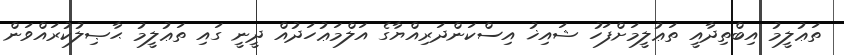
ތަޢުލީމު އިބްތިދާއީ ތަޢުލީމަށްފަހު ޝައިޚު އިސްކަންދަރިއްޔާގެ އަލްމަޢުހަދުއް ދީނީ ގައި ތަޢުލީމު ޙާޞިލުކުރައްވަން